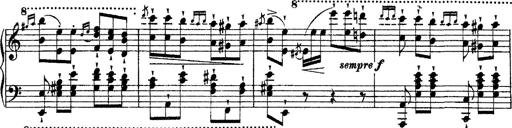
Title: Grande fantasie di bravura sur La clochette
Composer: Franz Liszt
Key: A minor